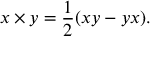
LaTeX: x \times y = { \frac { 1 } { 2 } } ( x y - y x ) .